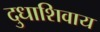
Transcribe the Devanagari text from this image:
दुधाशिवाय